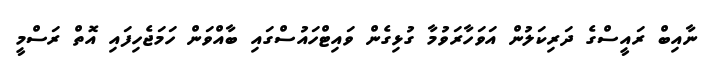
ނާއިބް ރައީސްގެ ދަރިކަލުން އަވަހާރަވުމާ ގުޅިގެން ވައިޓްހައުސްގައި ބާއްވަން ހަމަޖެހިފައި އޮތް ރަސްމީ